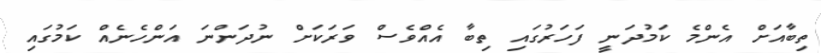
ތިބާއަށް އެންމެ ކަމުދަނީ ފަހަރުގައި ތިބާ އެއްވެސް ވަރަކަށް ނުދަންނަ އަންހެނެއް ކަމުގައި